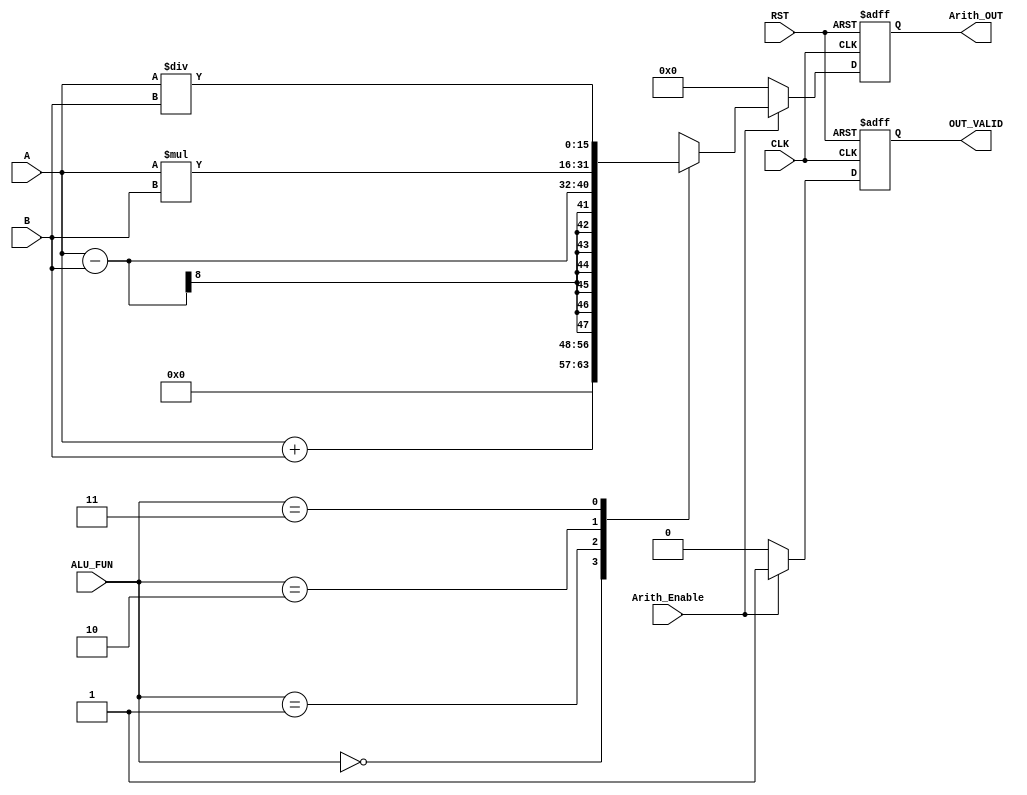
/********************************************************************************************/
/********************************************************************************************/
/**************************		Author: Alyaa Mohamed    ************************************/
/**************************		Module: Arithmetic_unit	 ************************************/
/********************************************************************************************/
/********************************************************************************************/

module Arithmetic_unit #(parameter 	A_WIDTH = 8	, B_WIDTH = 8 , OUT_WIDTH = 16, ALU_FUN_WIDTH = 2)						
						
 (									
	input  wire [A_WIDTH-1:0] 			A												,
	input  wire [B_WIDTH-1:0] 			B												,
	input  wire [ALU_FUN_WIDTH-1:0] 	ALU_FUN											,
	input  wire 						Arith_Enable									,
	input  wire 		  				CLK												,
	input  wire							RST												,
						
	output reg  [OUT_WIDTH-1:0] 		Arith_OUT										,						
	output reg							OUT_VALID							
 );				
				
				
	reg 		[OUT_WIDTH-1:0] 		Arith_Result									;
	reg									VALID											;
	
/********************************************************************************************/
/*********************************Registers For The Outputs**********************************/
	
	always@(posedge CLK or negedge RST)	
		begin	
			
			if(!RST)
				begin

					Arith_OUT <= 'b0													;
					OUT_VALID <= 'b0													;
				
				end
			else
				begin
					
					Arith_OUT <= Arith_Result											;
					OUT_VALID <= VALID													;
				
				end
	
		end	

/********************************************************************************************/
/**********************************Arithmetic Operations*************************************/	
	
	always@(*)	
		begin	

			VALID = 1'b0																;

			if (Arith_Enable)		
				begin		
						
					case (ALU_FUN)	
						'b00: Arith_Result = A + B 										; 							
						'b01: Arith_Result = A - B 										; 
						'b10: Arith_Result = A * B 										; 
						'b11: Arith_Result = A / B 										; 
						default: Arith_Result = 'b0										;
					endcase

					VALID = 'b1															;

				end
			else
				begin

					Arith_Result = 'b0													;
					VALID = 'b0															;
				
				end

		end


endmodule